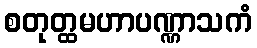
စတုတ္ထမဟာပဏ္ဏာသကံ